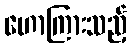
ဟောကြားသည့်